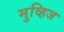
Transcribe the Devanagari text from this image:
मुव्हिज